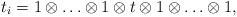
LaTeX: \begin{align*}t_i = 1 \otimes \ldots \otimes 1 \otimes t \otimes 1\otimes \ldots \otimes 1,\end{align*}